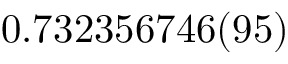
0 . 7 3 2 3 5 6 7 4 6 ( 9 5 )